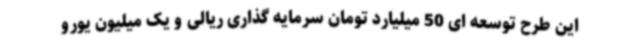
این طرح توسعه ای 50 میلیارد تومان سرمایه گذاری ریالی و یک میلیون یورو